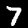
Digit: 7